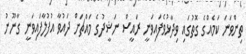
ތިންވަނަ ކަމެއްގެ ގޮތުގައި ވިދާޅުވެފައިވަނީ ރައީސް ނަޝީދުގެ މައްޗަށް ދައުވާ އުފުލާފައިވަނީ ގާނޫނު